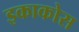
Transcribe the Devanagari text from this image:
इकाकोस